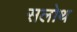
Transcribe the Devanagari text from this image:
सलोथ